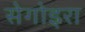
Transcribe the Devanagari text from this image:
सेगोइरा